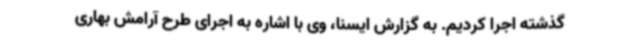
گذشته اجرا کردیم. به گزارش ایسنا، وی با اشاره به اجرای طرح آرامش بهاری